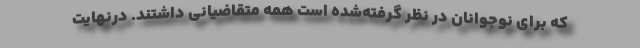
که برای نوجوانان در نظر گرفته‌شده است همه متقاضیانی داشتند. درنهایت